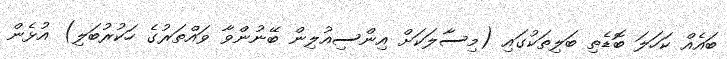
ބައެއް ކަހަލަ ބޮޑެތި ބަލިތަކުގައި (މިސާލަކަށް އިންސިއުލިން ބޭނުންވާ ވައްތަރުގެ ހަކުރުބަލި) އުޅެން